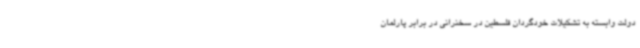
دولت وابسته به تشکیلات خودگردان فلسطین در سخنرانی در برابر پارلمان